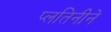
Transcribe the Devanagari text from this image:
प्लतिनीने